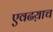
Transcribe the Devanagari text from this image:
एवढय़ाच